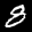
Label: 8